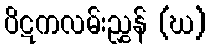
ပိဋကလမ်းညွှန် (ဃ)